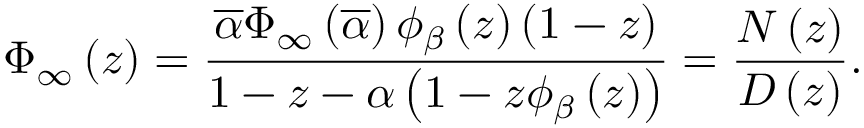
\Phi _ { \infty } \left( z \right) = \frac { \overline { { \alpha } } \Phi _ { \infty } \left( \overline { { \alpha } } \right) \phi _ { \beta } \left( z \right) \left( 1 - z \right) } { 1 - z - \alpha \left( 1 - z \phi _ { \beta } \left( z \right) \right) } = \frac { { \cal N } \left( z \right) } { { \cal D } \left( z \right) } .